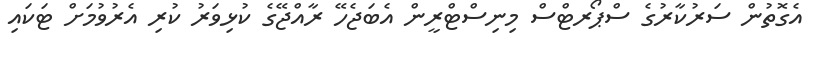
އެގޮތުން ސަރުކާރުގެ ސްޕޯރޓްސް މިނިސްޓްރީން އެބަޖެހޭ ރާއްޖޭގެ ކުޅިވަރު ކުރި އެރުވުމަށް ޓަކައި